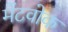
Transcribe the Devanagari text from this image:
मेंटवोक